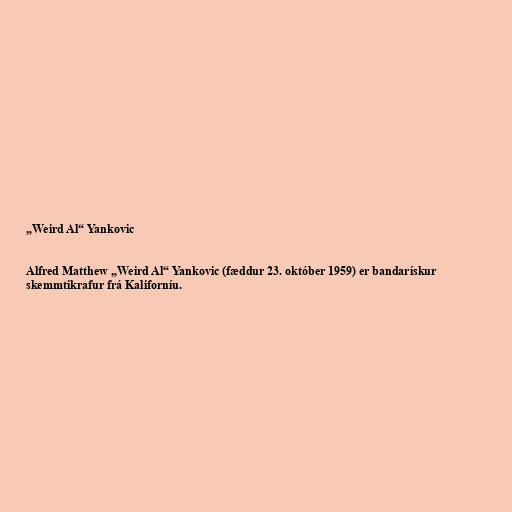
„Weird Al“ Yankovic

Alfred Matthew „Weird Al“ Yankovic (fæddur 23. október 1959) er bandarískur
skemmtikrafur frá Kaliforníu.